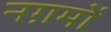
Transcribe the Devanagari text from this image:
नग़मों